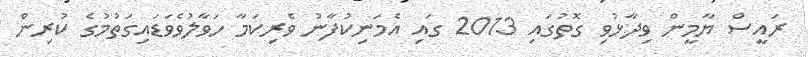
ރައީސް ޔާމީން ވިދާޅުވި ގޮތުގައި 2013 ގައި އެމަނިކުފާނު ވެރިކަމާ ހަވާލުވެވަޑައިގަތުމުގެ ކުރިން